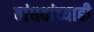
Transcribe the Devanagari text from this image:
बांधवांच्याही